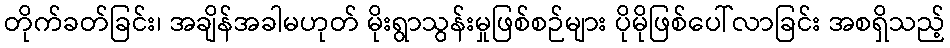
တိုက်ခတ်ခြင်း၊ အချိန်အခါမဟုတ် မိုးရွာသွန်းမှုဖြစ်စဉ်များ ပိုမိုဖြစ်ပေါ်လာခြင်း အစရှိသည့်